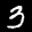
Label: 3